Madras plague regulations and rules - Volume 2
Disease focus: Plague
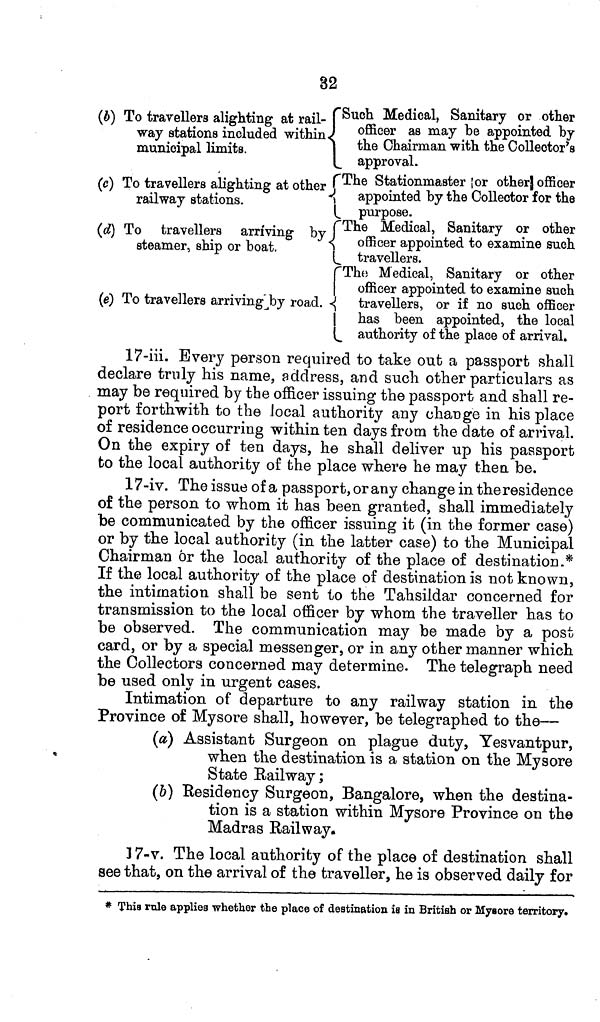
32
(b) To travellers alighting at rail- {Such Medical, Sanitary or other
way stations included within
officer
as may be appointed by
municipal limits.
the Chairman with the Collector's
approval.}
(c) To travellers alighting at other {The Stationmaster or other officer
railway stations.
appointed by the Collector for the
purpose.
(d) To travellers arriving by The Medical, Sanitary or other
steamer, ship or boat.
officer appointed to examine such
travellers.
The Medical, Sanitary or other
I officer appointed to examine such
(e) To travellers arriving by road.
travellers, or if no such officer
has been appointed, the local
authority of the place of arrival.
17-iii. Every person required to take out a passport shall
declare truly his name, address, and such other particulars as
may be required by the officer issuing the passport and shall re-
port forthwith to the local authority any change in his place
of residence occurring within ten days from the date of arrival.
On the expiry of ten days, he shall deliver up his passport
to the local authority of the place where he may then be.
17-iv. The issue of a passport, or any change in the residence
of the person to whom it has been granted, shall immediately
be communicated by the officer issuing it (in the former case)
or by the local authority (in the latter case) to the Municipal
Chairman or the local authority of the place of destination.*
If the local authority of the place of destination is not known,
the intimation shall be sent to the Tahsildar concerned for
transmission to the local officer by whom the traveller has to
be observed. The communication may be made by a post
card, or by a special messenger, or in any other manner which
the Collectors concerned may determine. The telegraph need
be used only in urgent cases.
Intimation of departure to any railway station in the
Province of Mysore shall, however, be telegraphed to the—
(a) Assistant Surgeon on plague duty, Yesvantpur,
when the destination is a station on the Mysore
State Railway;
(b) Residency Surgeon, Bangalore, when the destina-
tion is a station within Mysore Province on the
Madras Railway.
] 7-v. The local authority of the place of destination shall
see that, on the arrival of the traveller, he is observed daily for
* This rule applies whether the place of destination is in British or Mysore territory.